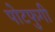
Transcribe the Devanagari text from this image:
पोटफुगी